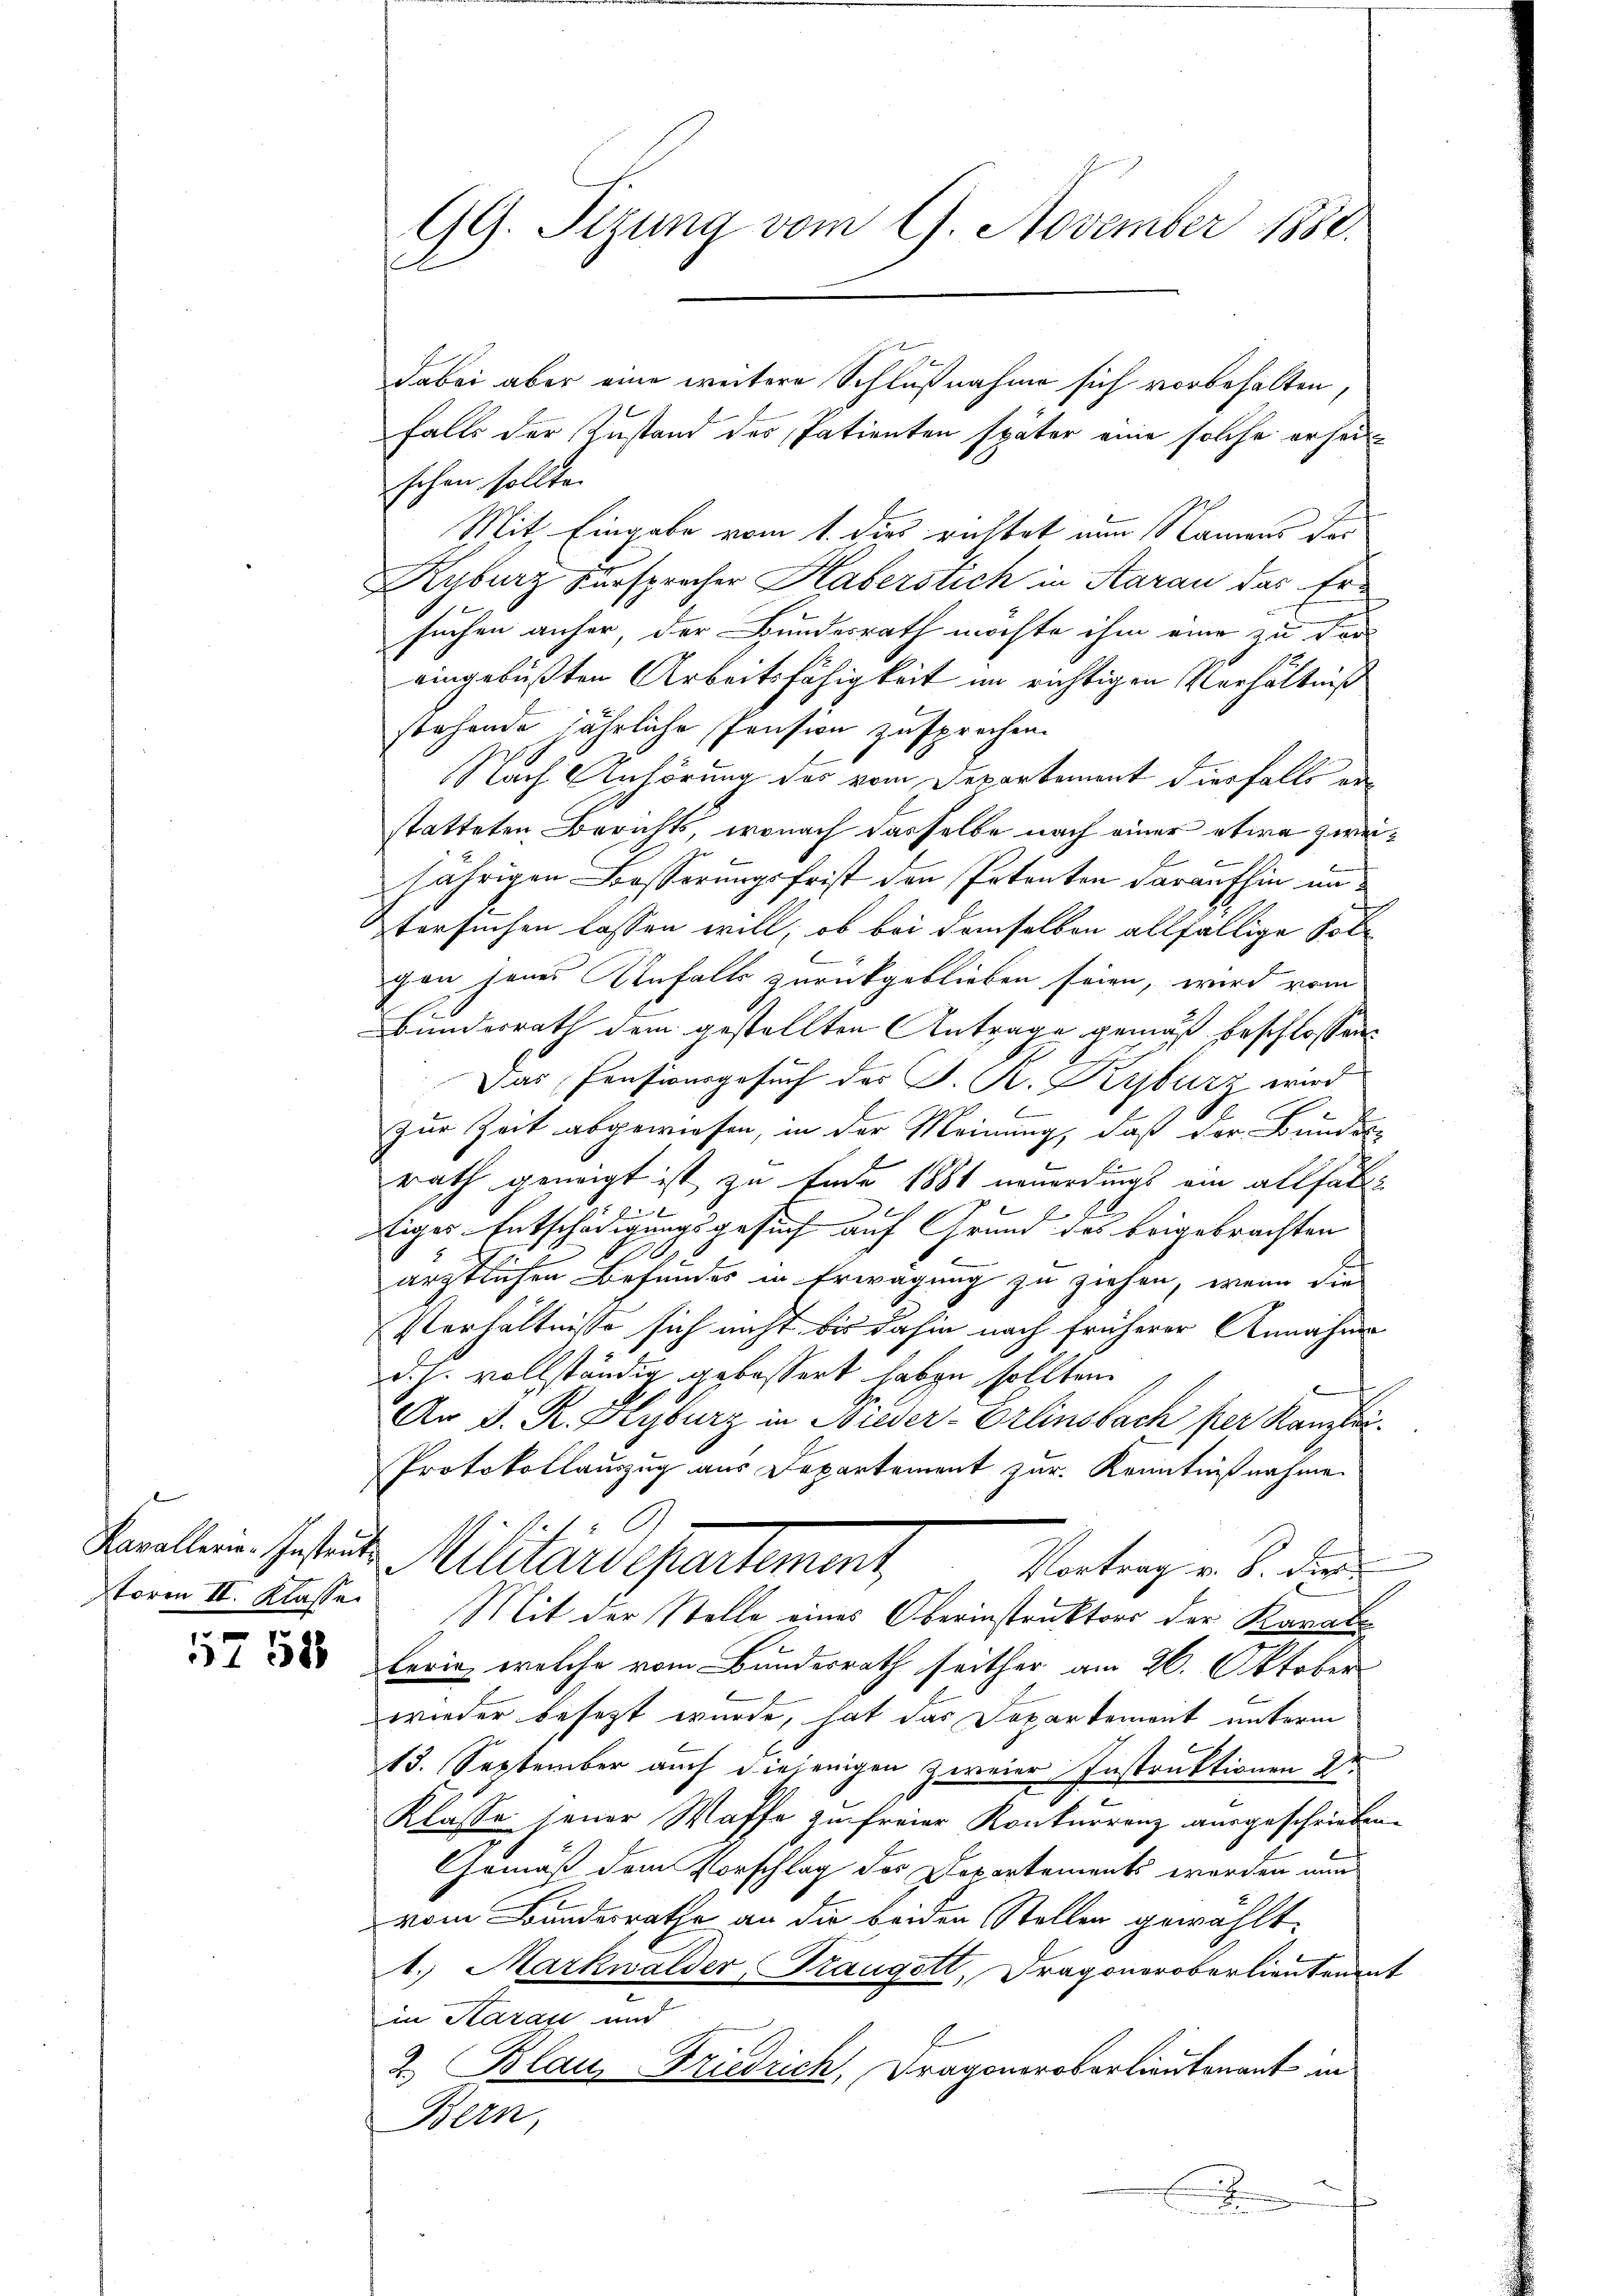
Kavallerie-Instruk
torm II. Klasse

157. 558

falls der Zustand des Patienten später eine solche erheischen sollte.
Mit Eingabe vom 1. dies richtet von Namens der
Ryburg zursprecher Haberstich in Aarau das Ersuchen anfer, der Bundesrath möchte ihm eine zu ver
eingebüßten Arbeitsfähigkeit im richtigen Verhältniß
stehende jährliche Pension zusprechen.
Nach Anhörung des vom Departement diesfalls erstatteten Berichts, wonach dasselbe nach einer etwa zweijährigen Besserungsfrist den Petenten daraufhin un
Itersuchen lassen will; ob bei demselben allfällige Solgen jenes Anfalls zurückgeblieben seien, wird vom
Bunderrath dem gestellten Antrage gemäß beschlossen:
r
Das Pensionsgesuch der J. K. Kersburz wird
zur Zeit abgewiesen, in der Meinung, daß der Bundes-
E
rath geneigt ist zu Ende 1881 neuerdings ein allfäll
 hander
E
tiges Entschädigungsgesuch auf Grund des beigebrachten
s
ärztlichen Befundes in Erwägung zu ziehen, wenn die
Verhältnisse sich nicht bis dahin nach früherer Annahme
d. h. vollständig gebessert haben sollten.
An D. R. Hyburg in Nieder-Erlinsbach per Kanzlei-
Protokollauszug aus Departement zur Kenntnißnahme.
Militärs Partement,
Vortrag v. B. die
Mit der Stelle eines Oberinstruktors der Kanal
lerin, welche vom Bundesrath seither am 26. Oktober
wieder besezt wurde, hat das Departemont unterm
Brunn
13. September auch die einigen zweier Instruktionen d
Klasse jener Waffe zu freier Konkurrenz ausgeschrieben.
Gemäß dem Vorschlag des Departement worden nun
vom Bundesrathe an die beiden Stollen gewählt.
1. Markwalder, Fraugott, Dragoneroberlieutenant
in Hazas und
2. Blau, Friedrich, Dragoneroberlieutenant in
Bern,
e

GG. Tizung vom 9. November 1880.
e

dabei aber eine weitere Schlußnahme sich vorbehalten